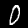
Label: 0